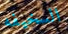
السخيفه